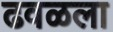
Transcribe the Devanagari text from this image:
ढवळला